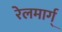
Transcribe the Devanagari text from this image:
रेलमार्ग्